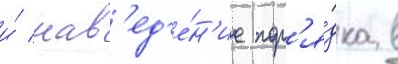
и́ нав'ед'е́н'ие пор'я́дка в